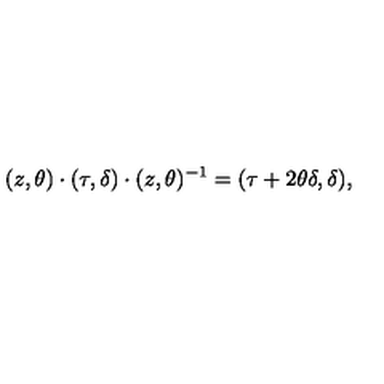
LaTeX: ( z , \theta ) \cdot ( \tau , \delta ) \cdot ( z , \theta ) ^ { - 1 } = ( \tau + 2 \theta \delta , \delta ) ,